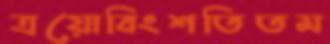
ত্রয়োবিংশতিতম